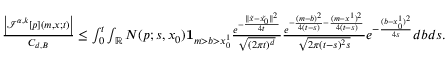
\begin{array} { r } { \frac { \left| { \mathcal I } ^ { \alpha , k } [ p ] ( m , x ; t ) \right| } { C _ { d , B } } \leq \int _ { 0 } ^ { t } \int _ { { \mathbb R } } N ( p ; s , x _ { 0 } ) { \mathbf 1 } _ { m > b > x _ { 0 } ^ { 1 } } \frac { e ^ { - \frac { \| \tilde { x } - \tilde { x _ { 0 } } \| ^ { 2 } } { 4 t } } } { \sqrt { ( 2 \pi t ) ^ { d } } } \frac { e ^ { - \frac { ( m - b ) ^ { 2 } } { 4 ( t - s ) } - \frac { ( m - x ^ { 1 } ) ^ { 2 } } { 4 ( t - s ) } } } { \sqrt { 2 \pi ( t - s ) ^ { 2 } { s } } } e ^ { - \frac { ( b - x _ { 0 } ^ { 1 } ) ^ { 2 } } { 4 s } } d b d s . } \end{array}